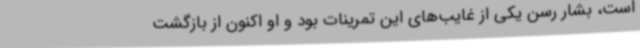
است، بشار رسن یکی از غایب‌های این تمرینات بود و او اکنون از بازگشت